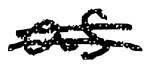
Text: as
Cross-out: double-line
Writing tool: digital_black